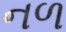
નળ